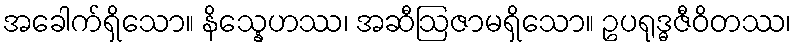
အခေါက်ရှိသော။ နိသ္နေဟဿ၊ အဆီဩဇာမရှိသော။ ဥပရုဒ္ဓဇီဝိတဿ၊